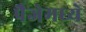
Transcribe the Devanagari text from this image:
पैजेमध्ये